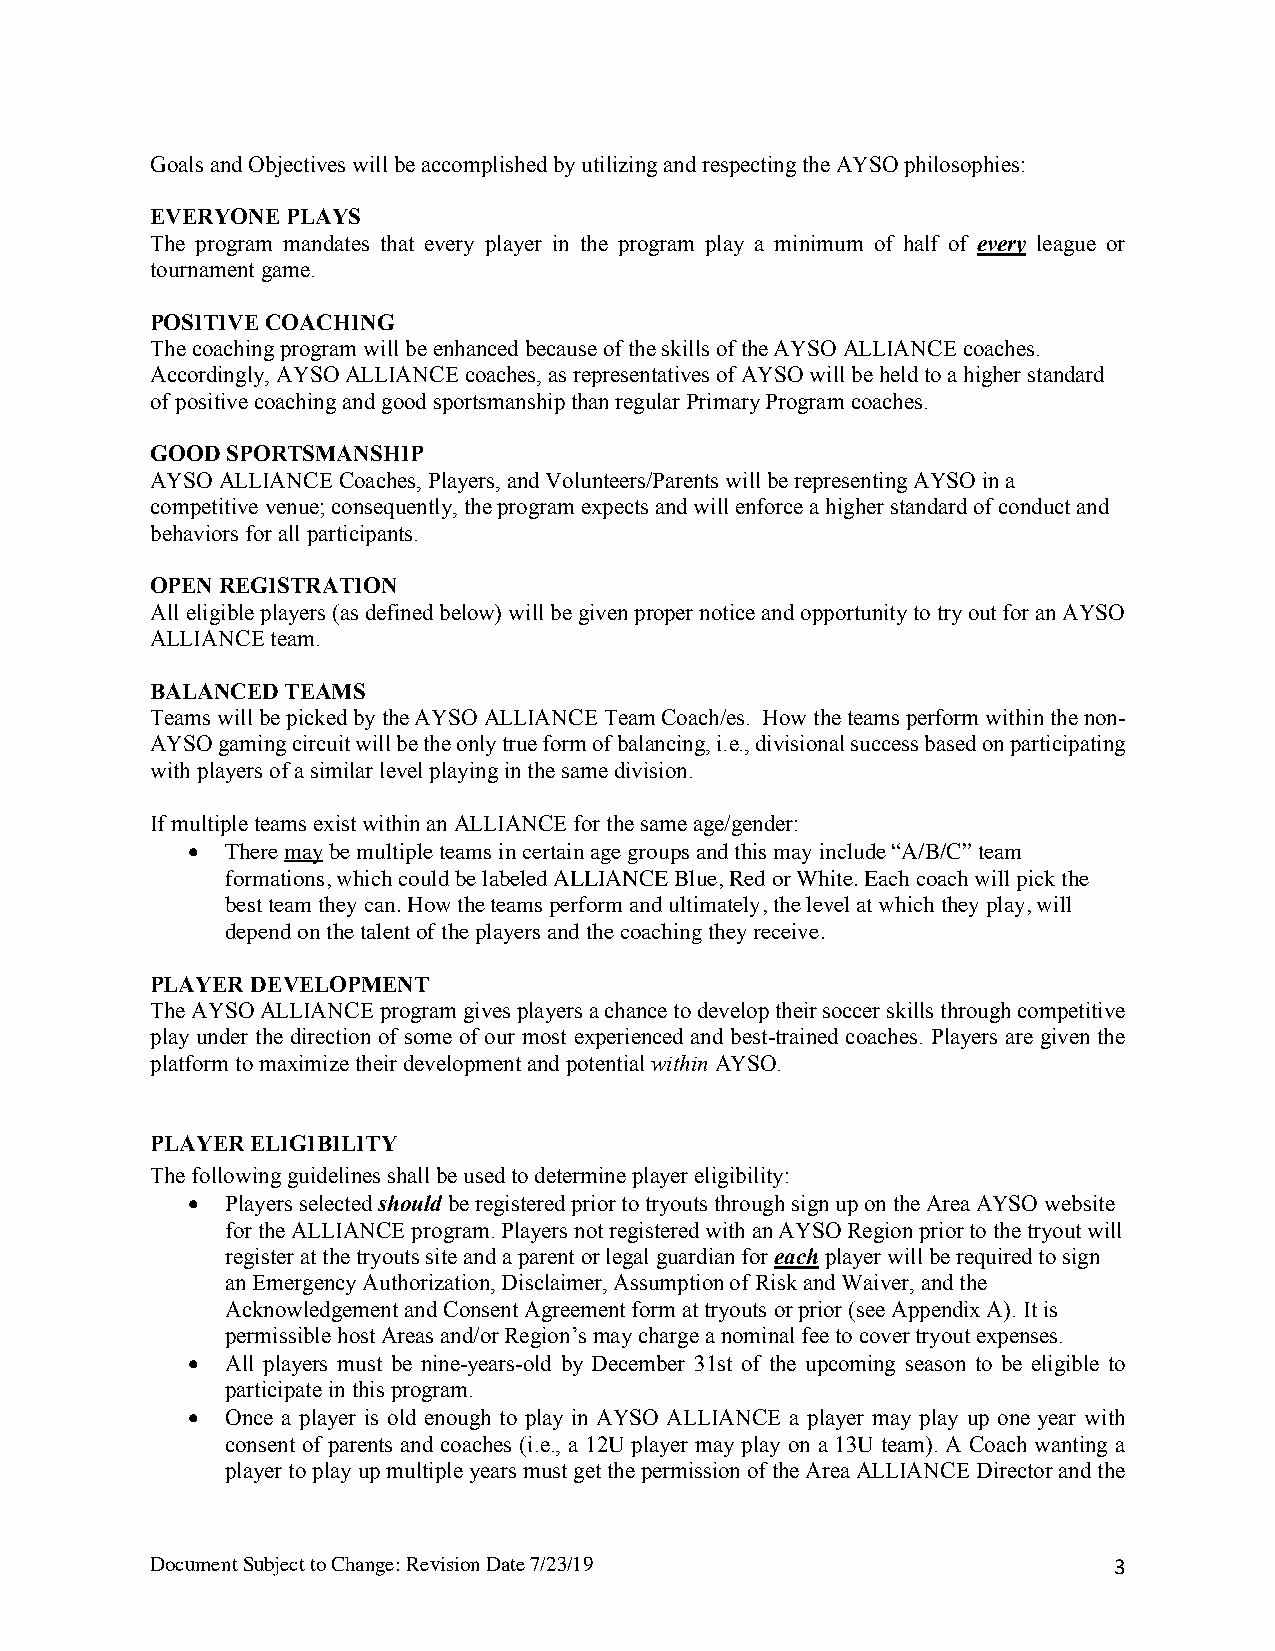
Goals and Objectives will be accomplished by utilizing and respecting the AYSO philosophies:
 EVERYONE PLAYS
 The program mandates that every player in the program play a minimum of half of every league or
 tournament game.
 POSITIVE COACHING
 The coaching program will be enhanced because of the skills of the AYSO ALLIANCE coaches.
 Accordingly, AYSO ALLIANCE coaches, as representatives of AYSO will be held to a higher standard
 of positive coaching and good sportsmanship than regular Primary Program coaches.
 GOOD SPORTSMANSHIP
 AYSO ALLIANCE Coaches, Players, and Volunteers/Parents will be representing AYSO in a
 competitive venue; consequently, the program expects and will enforce a higher standard of conduct and
 behaviors for all participants.
 OPEN REGISTRATION
 All eligible players (as defined below) will be given proper notice and opportunity to try out for an AYSO
 ALLIANCE team.
 BALANCED TEAMS
 Teams will be picked by the AYSO ALLIANCE Team Coach/es. How the teams perform within the non-
 AYSO gaming circuit will be the only true form of balancing, i.e., divisional success based on participating
 with players of a similar level playing in the same division.
 If multiple teams exist within an ALLIANCE for the same age/gender:
 •  There may be multiple teams in certain age groups and this may include “A/B/C” team
 formations, which could be labeled ALLIANCE Blue, Red or White. Each coach will pick the
 best team they can. How the teams perform and ultimately, the level at which they play, will
 depend on the talent of the players and the coaching they receive.
 PLAYER DEVELOPMENT
 The AYSO ALLIANCE program gives players a chance to develop their soccer skills through competitive
 play under the direction of some of our most experienced and best-trained coaches. Players are given the
 platform to maximize their development and potential within AYSO.
 PLAYER ELIGIBILITY
 The following guidelines shall be used to determine player eligibility:
 •  Players selected should be registered prior to tryouts through sign up on the Area AYSO website
 for the ALLIANCE program. Players not registered with an AYSO Region prior to the tryout will
 register at the tryouts site and a parent or legal guardian for each player will be required to sign
 an Emergency Authorization, Disclaimer, Assumption of Risk and Waiver, and the
 Acknowledgement and Consent Agreement form at tryouts or prior (see Appendix A). It is
 permissible host Areas and/or Region’s may charge a nominal fee to cover tryout expenses.
 •  All players must be nine-years-old by December 31st of the upcoming season to be eligible to
 participate in this program.
 •  Once a player is old enough to play in AYSO ALLIANCE a player may play up one year with
 consent of parents and coaches (i.e., a 12U player may play on a 13U team). A Coach wanting a
 player to play up multiple years must get the permission of the Area ALLIANCE Director and the
 Document Subject to Change: Revision Date 7/23/19               3